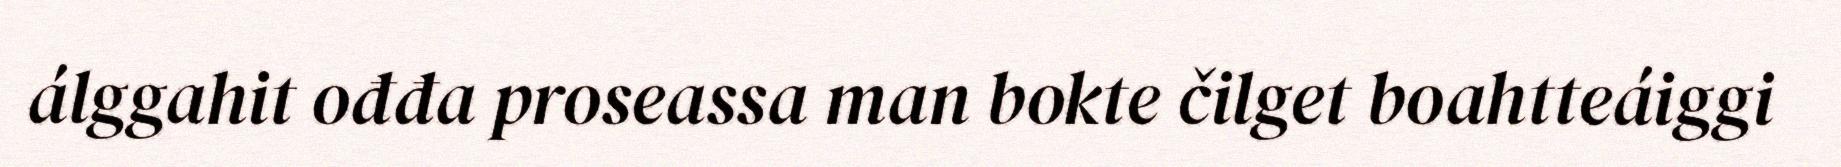
álggahit ođđa proseassa man bokte čilget boahtteáiggi